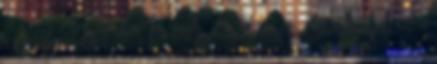
ezreseken márciustól Az orvosi kamara etikai eljárást indított a